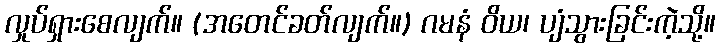
လှုပ်ရှားစေလျက်။ (အတေင်ခတ်လျက်။) ဂမနံ ဝိယ၊ ပျံသွားခြင်းကဲ့သို့။